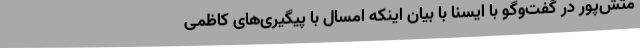
متش‌پور در گفت‌وگو با ایسنا با بیان اینکه امسال با پیگیری‌های کاظمی